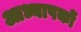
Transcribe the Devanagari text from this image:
आध्यापकों